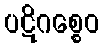
ပဋိဂစ္စေဝ